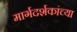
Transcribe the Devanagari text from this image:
मार्गदर्शकांच्या